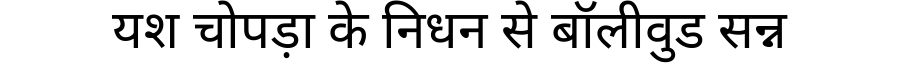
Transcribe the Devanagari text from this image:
यश चोपड़ा के निधन से बॉलीवुड सन्न